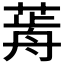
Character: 𦷱